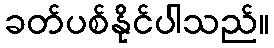
ခတ်ပစ်နိုင်ပါသည်။